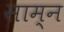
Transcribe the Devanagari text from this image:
साम्न